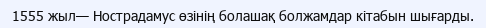
1555 жыл— Нострадамус өзінің болашақ болжамдар кітабын шығарды.